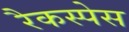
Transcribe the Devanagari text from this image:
रैकस्पेस